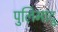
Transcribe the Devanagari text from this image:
पुलिमादु